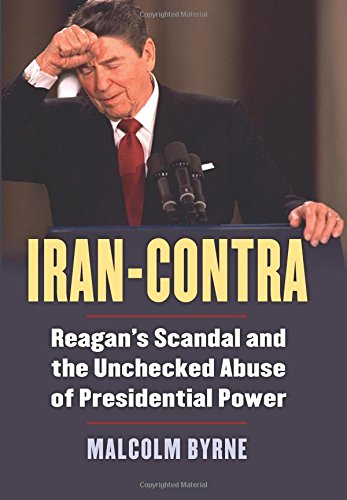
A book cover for Iran-Contra: Reagan's Scandal and the Unchecked Abuse of Presidential Power; Malcolm Byrne; Biographies & Memoirs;